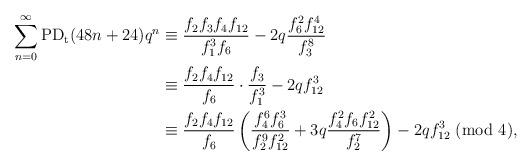
LaTeX: \begin{align*}\sum_{n=0}^{\infty}\textup{PD}_\textup{t}(48n+24)q^n&\equiv \dfrac{f_2f_3f_4f_{12}}{f_1^3f_6}-2q\dfrac{f_6^2f_{12}^4}{f_3^8}\\&\equiv \dfrac{f_2f_4f_{12}}{f_6}\cdot\dfrac{f_3}{f_1^3}-2qf_{12}^3\\&\equiv \dfrac{f_2f_4f_{12}}{f_6}\left(\dfrac{f_4^6f_6^3}{f_2^9f_{12}^2}+3q\dfrac{f_4^2f_6f_{12}^2}{f_2^7}\right)-2qf_{12}^3~(\textup{mod}~4),\end{align*}